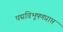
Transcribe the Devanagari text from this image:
पद्मविभूषणप्राप्त